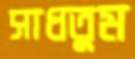
সাধতুম